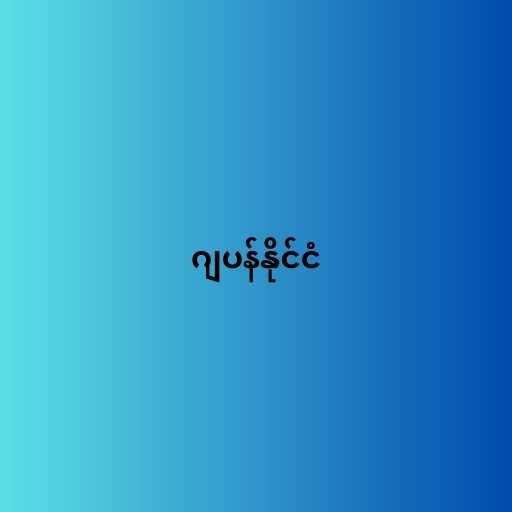
ဂျပန်နိုင်ငံ